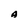
Character: A